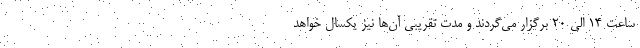
ساعت 14 الی 20 برگزار می‌گردند و مدت تقریبی آن‌ها نیز یکسال خواهد